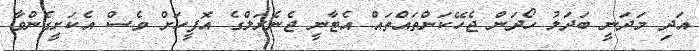
އަދި މަދަނީ ބަދަލު ހޯދަން ޖެހޭކަންތައްތައް އެޓާނީ ޖެނެރަލްގެ އޮފީހަށް ވެސް އެކަށީގެންވާ